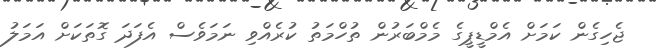
ޖެހިގެން ކަމަށް އެމްޑީޕީގެ މެމްބަރުން ތުހްމަތު ކުރެއްވި ނަމަވެސް އެފަދަ ގޮތަކަށް އަމަލު